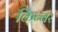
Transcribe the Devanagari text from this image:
किब्‍बर